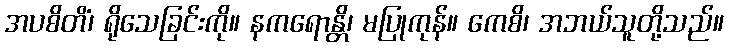
အပစိတိံ၊ ရိုသေခြင်းကို။ နကရောန္တိ၊ မပြုကုန်။ ကေစိ၊ အဘယ်သူတို့သည်။